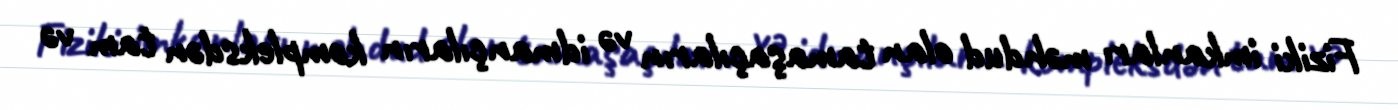
Fiziki imkanları məhdud olan tamaşaçıların və idmançıların kompleksdən tam və